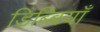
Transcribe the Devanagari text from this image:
डिब्बियाँ